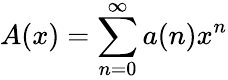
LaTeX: A(x)=\sum_{n=0}^{\infty}a(n)x^{n}